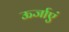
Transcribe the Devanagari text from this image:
ऊर्जाएं